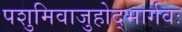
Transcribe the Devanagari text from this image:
पशुमिवाजुहोद्भार्गवः